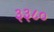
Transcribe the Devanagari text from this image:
३३८०